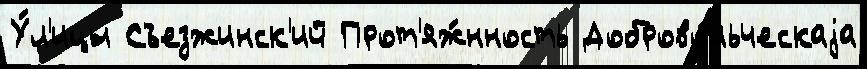
У́л'ицы Съезжинск'ий Прот'яж́нность Доброво́льческаjа